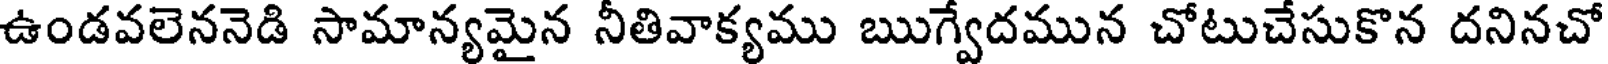
ఉండవలెననెడి సామాన్యమైన నీతివాక్యము ఋగ్వేదమున చోటుచేసుకొన దనినచో